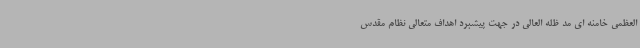
العظمی خامنه ای مد ظله العالی در جهت پیشبرد اهداف متعالی نظام مقدس